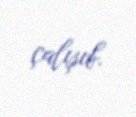
çalışıb.